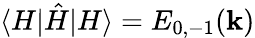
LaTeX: \langle H|\hat{H}|H\rangle=E_{0,-1}(\mathbf{k})